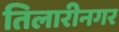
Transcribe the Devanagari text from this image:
तिलारीनगर